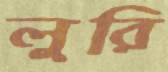
লুরি